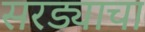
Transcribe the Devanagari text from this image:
सरड्याचा